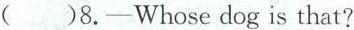
( )8.—Whose dog is that?